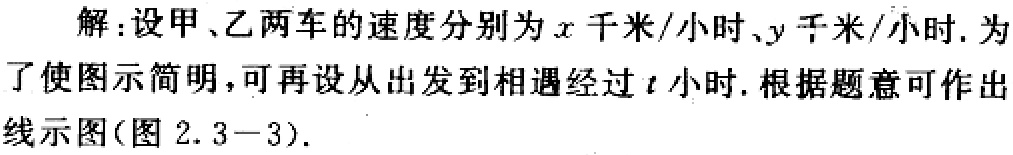
解：设甲、乙两车的速度分别为\(x\)千米/小时、\(y\)千米/小时. 为了使图示简明，可再设从出发到相遇经过\(t\)小时. 根据题意可作出线示图(图 \(2.3 - 3\)).